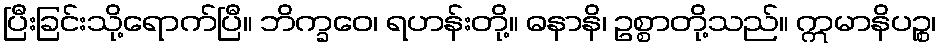
ပြီးခြင်းသို့ရောက်ပြီ။ ဘိက္ခဝေ၊ ရဟန်းတို့။ ဓနာနိ၊ ဥစ္စာတို့သည်။ ဣမာနိပဉ္စ၊